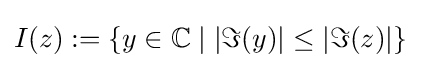
I(z):=\{y\in \mathbb {C} \mid |\Im (y)|\leq |\Im (z)|\}